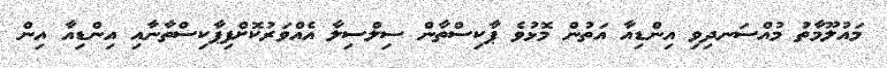
މައުލޫމާތު މުއްސަނދިވި އިންޑިއާ އަތުން މޮޅުވެ ޕާކިސްތާން ސިލްސިލާ އެއްވަރުކޮށްފިޕާކިސްތާނާއި އިންޑިއާ އިން